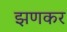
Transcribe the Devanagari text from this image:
झणकर